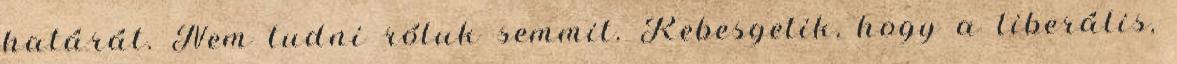
határát. Nem tudni róluk semmit. Rebesgetik, hogy a liberális,